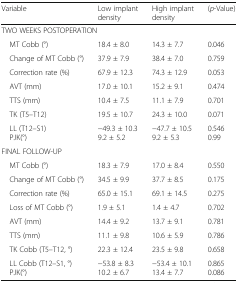
<table><thead><tr><td><b>Variable</b></td><td><b>Low implant density</b></td><td><b>High implant density</b></td><td><b>(<i>p</i>-Value)</b></td></tr></thead><tbody><tr><td colspan="4">TWO WEEKS POSTOPERATION</td></tr><tr><td> MT Cobb (°)</td><td>18.4 ± 8.0</td><td>14.3 ± 7.7</td><td>0.046</td></tr><tr><td> Change of MT Cobb (°)</td><td>37.9 ± 7.9</td><td>38.4 ± 7.0</td><td>0.759</td></tr><tr><td> Correction rate (%)</td><td>67.9 ± 12.3</td><td>74.3 ± 12.9</td><td>0.053</td></tr><tr><td> AVT (mm)</td><td>17.0 ± 10.1</td><td>15.2 ± 9.1</td><td>0.474</td></tr><tr><td> TTS (mm)</td><td>10.4 ± 7.5</td><td>11.1 ± 7.9</td><td>0.701</td></tr><tr><td> TK (T5–T12)</td><td>19.5 ± 10.7</td><td>24.3 ± 10.0</td><td>0.071</td></tr><tr><td> LL (T12–S1) PJK(°)</td><td>−49.3 ± 10.39.2 ± 5.2</td><td>−47.7 ± 10.59.2 ± 5.3</td><td>0.5460.99</td></tr><tr><td colspan="4">FINAL FOLLOW-UP</td></tr><tr><td> MT Cobb (°)</td><td>18.3 ± 7.9</td><td>17.0 ± 8.4</td><td>0.550</td></tr><tr><td> Change of MT Cobb (°)</td><td>34.5 ± 9.9</td><td>37.7 ± 8.5</td><td>0.175</td></tr><tr><td> Correction rate (%)</td><td>65.0 ± 15.1</td><td>69.1 ± 14.5</td><td>0.275</td></tr><tr><td> Loss of MT Cobb (°)</td><td>1.9 ± 5.1</td><td>1.4 ± 4.7</td><td>0.702</td></tr><tr><td> AVT (mm)</td><td>14.4 ± 9.2</td><td>13.7 ± 9.1</td><td>0.781</td></tr><tr><td> TTS (mm)</td><td>11.1 ± 9.8</td><td>10.6 ± 5.9</td><td>0.786</td></tr><tr><td> TK Cobb (T5–T12, °)</td><td>22.3 ± 12.4</td><td>23.5 ± 9.8</td><td>0.658</td></tr><tr><td> LL Cobb (T12–S1, °) PJK(°)</td><td>−53.8 ± 8.310.2 ± 6.7</td><td>−53.4 ± 10.113.4 ± 7.7</td><td>0.8650.086</td></tr></tbody></table>